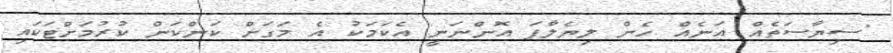
"ސިޔާސަތެއް އަނެއް ހެން ލިޔެލާފަ އޮންނަނީ އެކަމަކު އެ މަގަށް ކަންކަން ކުރުމަށްޓަކައި